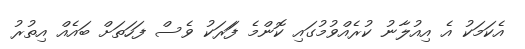
އެކަމަކު އެ އިއުލާނު ކުރެއްވުމުގައި ކޮންމެ ފަަރަކު ވެސް ފަހަތަށް ބައެއް އިތުރު